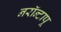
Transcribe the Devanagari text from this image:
नरॉन्टापू